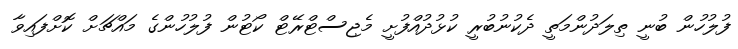
ފުލުހުން ބުނީ ތިލަދުންމަތީ ދެކުނުބުރީ ކުޅުދުއްފުށީ މެޖިސްޓްރޭޓް ކޯޓުން ފުލުހުންގެ މައްޗަށް ކޮށްފައިވާ